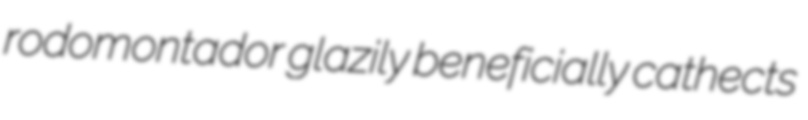
rodomontador glazily beneficially cathects